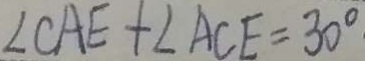
\angle C A E + \angle A C E = 3 0 ^ { \circ }